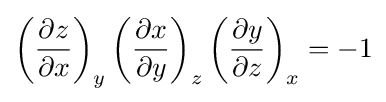
\left({\frac {\partial z}{\partial x}}\right)_{y}\left({\frac {\partial x}{\partial y}}\right)_{z}\left({\frac {\partial y}{\partial z}}\right)_{x}=-1